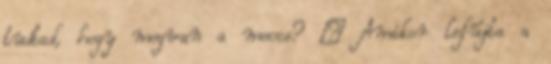
tudtad, hogy megvan a meccs? – Amikor lefújta a